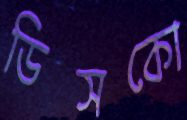
ডিসকো